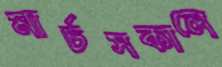
মার্চসকালে